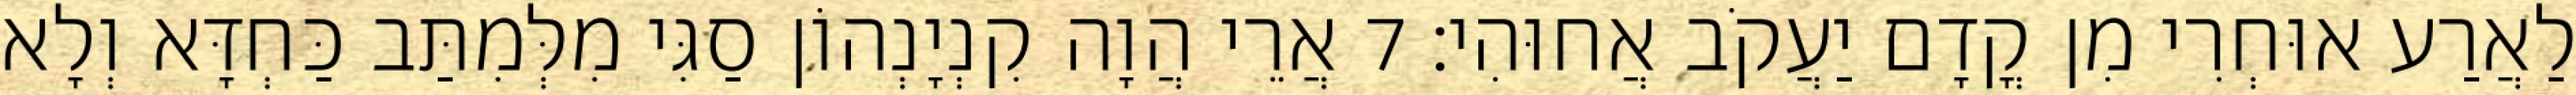
לַאֲרַע אוּחְרִי מִן קֳדָם יַעֲקֹב אֲחוּהִי׃ 7 אֲרֵי הֲוָה קִנְיָנְהוֹן סַגִּי מִלְּמִתַּב כַּחְדָּא וְלָא